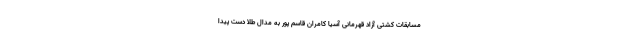
مسابقات کشتی آزاد قهرمانی آسیا کامران قاسم پور به مدال طلا دست پیدا